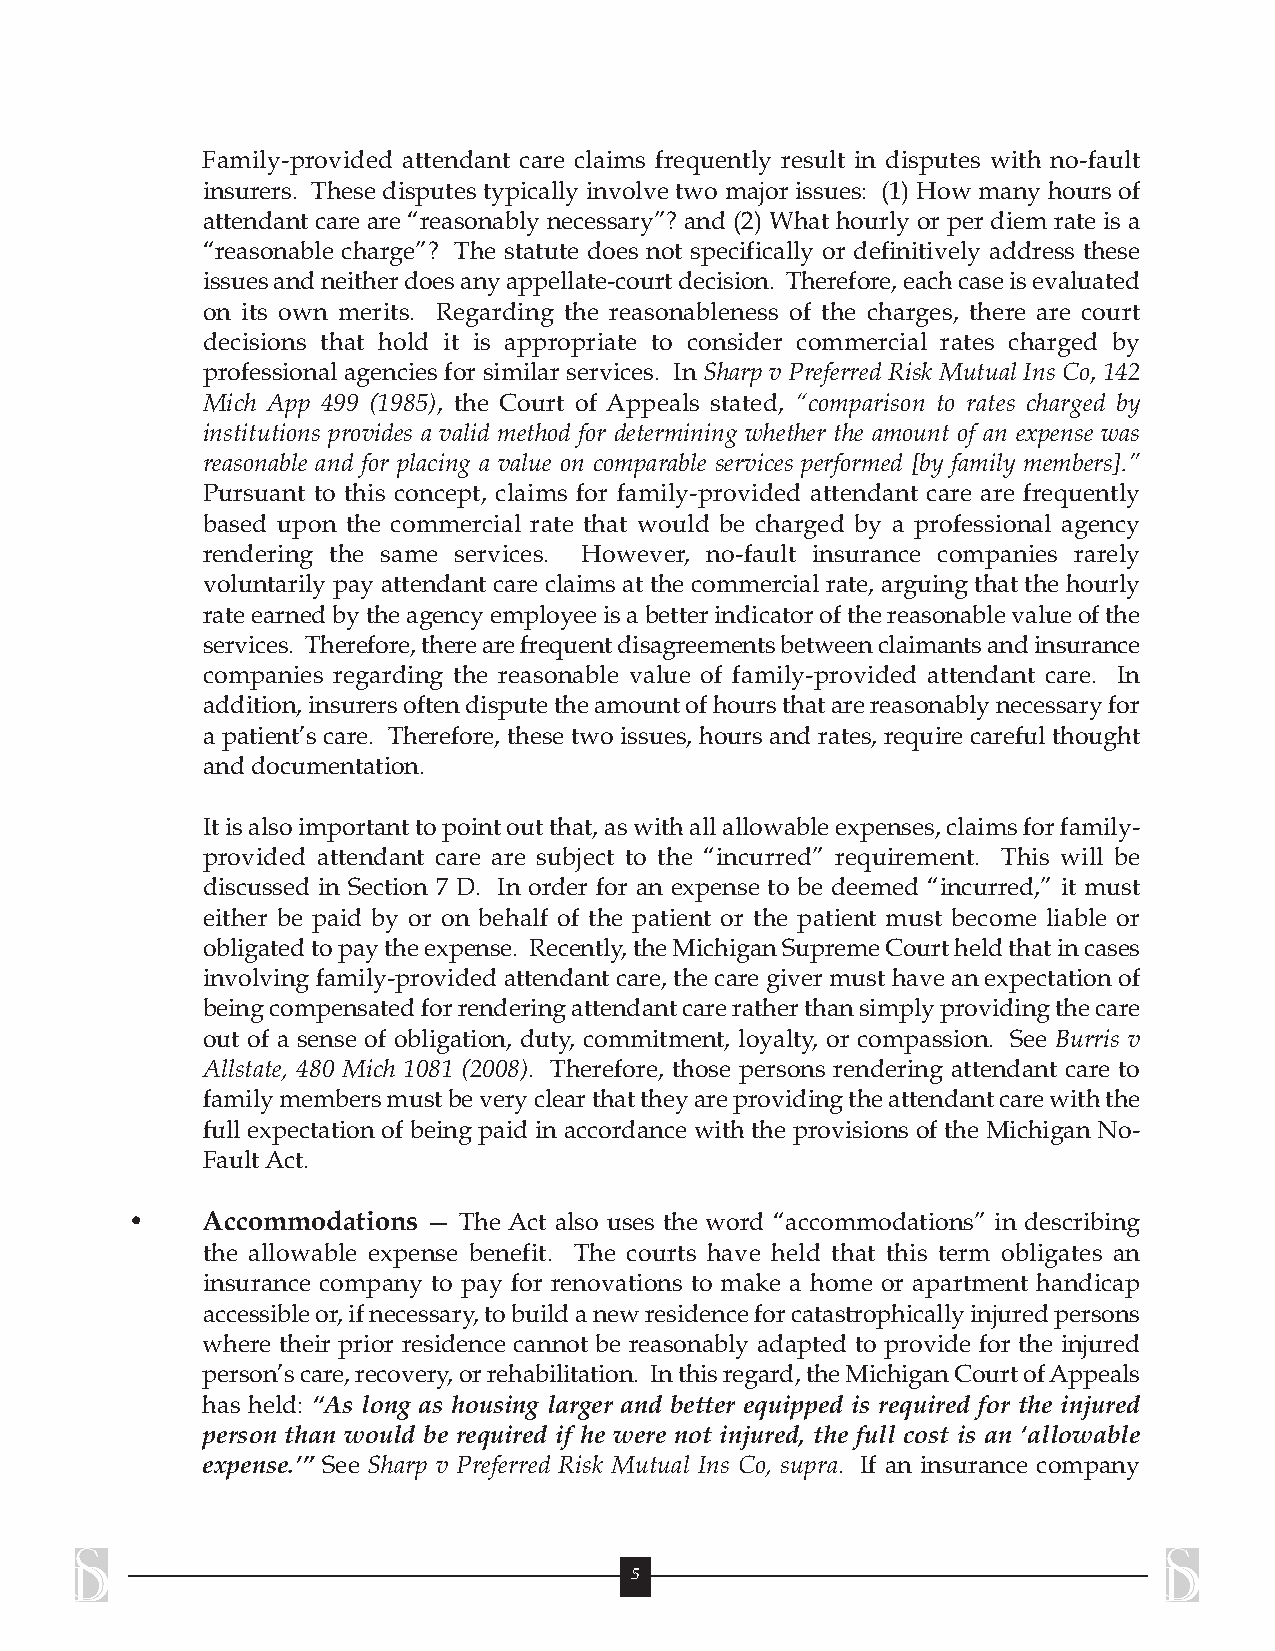
Family-provided attendant care claims frequently result in disputes with no-fault
 insurers. These disputes typically involve two major issues: (1) How many hours of
 attendant care are “reasonably necessary”? and (2) What hourly or per diem rate is a
 “reasonable charge”? The statute does not specifically or definitively address these
 issuesandneitherdoesanyappellate-courtdecision. Therefore,eachcaseisevaluated
 on its own merits. Regarding the reasonableness of the charges, there are court
 decisions that hold it is appropriate to consider commercial rates charged by
 professional agencies for similar services. In Sharp v Preferred Risk Mutual Ins Co, 142
 Mich App 499 (1985), the Court of Appeals stated, “comparison to rates charged by
 institutions provides a valid method for determining whether the amount of an expense was
 reasonable and for placing a value on comparable services performed [by family members].”
 Pursuant to this concept, claims for family-provided attendant care are frequently
 based upon the commercial rate that would be charged by a professional agency
 rendering the same services. However, no-fault insurance companies rarely
 voluntarily pay attendant care claims at the commercial rate, arguing that the hourly
 rateearnedbytheagencyemployeeisabetterindicatorofthereasonablevalueofthe
 services. Therefore,therearefrequentdisagreementsbetweenclaimantsandinsurance
 companies regarding the reasonable value of family-provided attendant care. In
 addition,insurersoftendisputetheamountofhoursthatarereasonablynecessaryfor
 a patient’s care. Therefore, these two issues, hours and rates, require careful thought
 anddocumentation.
 Itisalsoimportanttopointoutthat,aswithallallowableexpenses,claimsforfamily-
 provided attendant care are subject to the “incurred” requirement. This will be
 discussed in Section 7 D. In order for an expense to be deemed “incurred,” it must
 either be paid by or on behalf of the patient or the patient must become liable or
 obligatedtopaytheexpense. Recently,theMichiganSupremeCourtheldthatincases
 involving family-provided attendant care, the care giver must have an expectation of
 beingcompensatedforrenderingattendantcareratherthansimplyprovidingthecare
 out of a sense of obligation, duty, commitment, loyalty, or compassion. See Burris v
 Allstate, 480 Mich 1081 (2008). Therefore, those persons rendering attendant care to
 familymembersmustbeveryclearthattheyareprovidingtheattendantcarewiththe
 full expectation of being paid in accordance with the provisions of the Michigan No-
 FaultAct.
 •    Accommodations — The Act also uses the word “accommodations” in describing
 the allowable expense benefit. The courts have held that this term obligates an
 insurance company to pay for renovations to make a home or apartment handicap
 accessibleor,ifnecessary,tobuildanewresidenceforcatastrophicallyinjuredpersons
 where their prior residence cannot be reasonably adapted to provide for the injured
 person’scare,recovery,orrehabilitation. Inthisregard,theMichiganCourtofAppeals
 has held: “As long as housing larger and better equipped is required for the injured
 person than would be required if he were not injured, the full cost is an ‘allowable
 expense.’” See Sharp v Preferred Risk Mutual Ins Co, supra. If an insurance company
 5